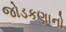
જોડકણાનો